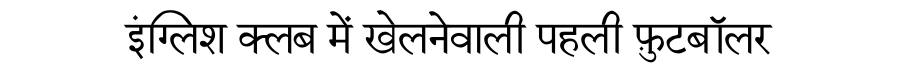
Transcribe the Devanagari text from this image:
इंग्लिश क्लब में खेलनेवाली पहली फ़ुटबॉलर